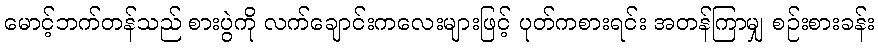
မောင့်ဘက်တန်သည် စားပွဲကို လက်ချောင်းကလေးများဖြင့် ပုတ်ကစားရင်း အတန်ကြာမျှ စဉ်းစားခန်း